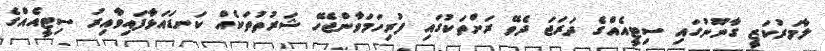
ލާމަރުކަޒީ ގާނޫނުގައި ސިޓީއެއްގެ ދަރަޖަ ދެވޭ ރަށްތަކުގައި ފުރިހަަމަވާންޖެހޭ ޝަރުތުތަކެއް ކަނޑައަޅާފައިވާއިރު ސިޓީއެއްގެ